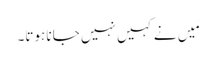
مَیں نے کہیں نہیں جانا ہوتا۔